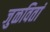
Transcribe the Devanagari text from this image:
जुळवितां